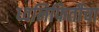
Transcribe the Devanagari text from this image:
ध्वनिफितींचा